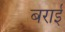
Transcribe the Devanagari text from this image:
बराईं